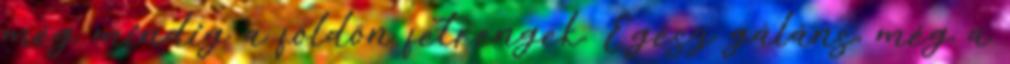
még mindig a földön fetrengek. Egész gáláns, még a